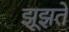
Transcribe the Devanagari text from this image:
झूझते